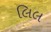
લિલ